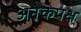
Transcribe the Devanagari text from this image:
अनेकपक्ष